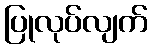
ပြုလုပ်လျက်